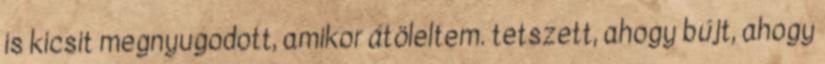
is kicsit megnyugodott, amikor átöleltem. tetszett, ahogy bújt, ahogy